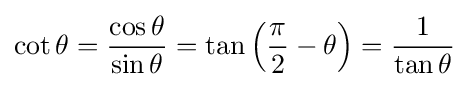
\cot \theta ={\frac {\cos \theta }{\sin \theta }}=\tan \left({\frac {\pi }{2}}-\theta \right)={\frac {1}{\tan \theta }}